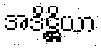
အဒိဋ္ဌိယာ